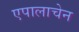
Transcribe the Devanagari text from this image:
एपालाचेन